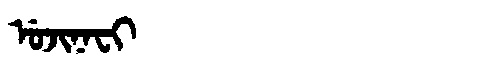
Manchu: ᡠᠵᡳᠨᠠᠸᡳ
Romanization: UJINAFI